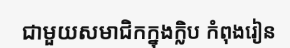
ជាមួយសមាជិកក្នុងក្លិប កំពុងរៀន